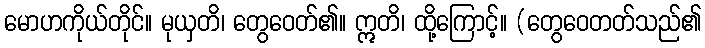
မောဟကိုယ်တိုင်။ မုယှတိ၊ တွေဝေတ်၏။ ဣတိ၊ ထို့ကြောင့်။ (တွေဝေတတ်သည်၏